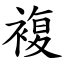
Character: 複